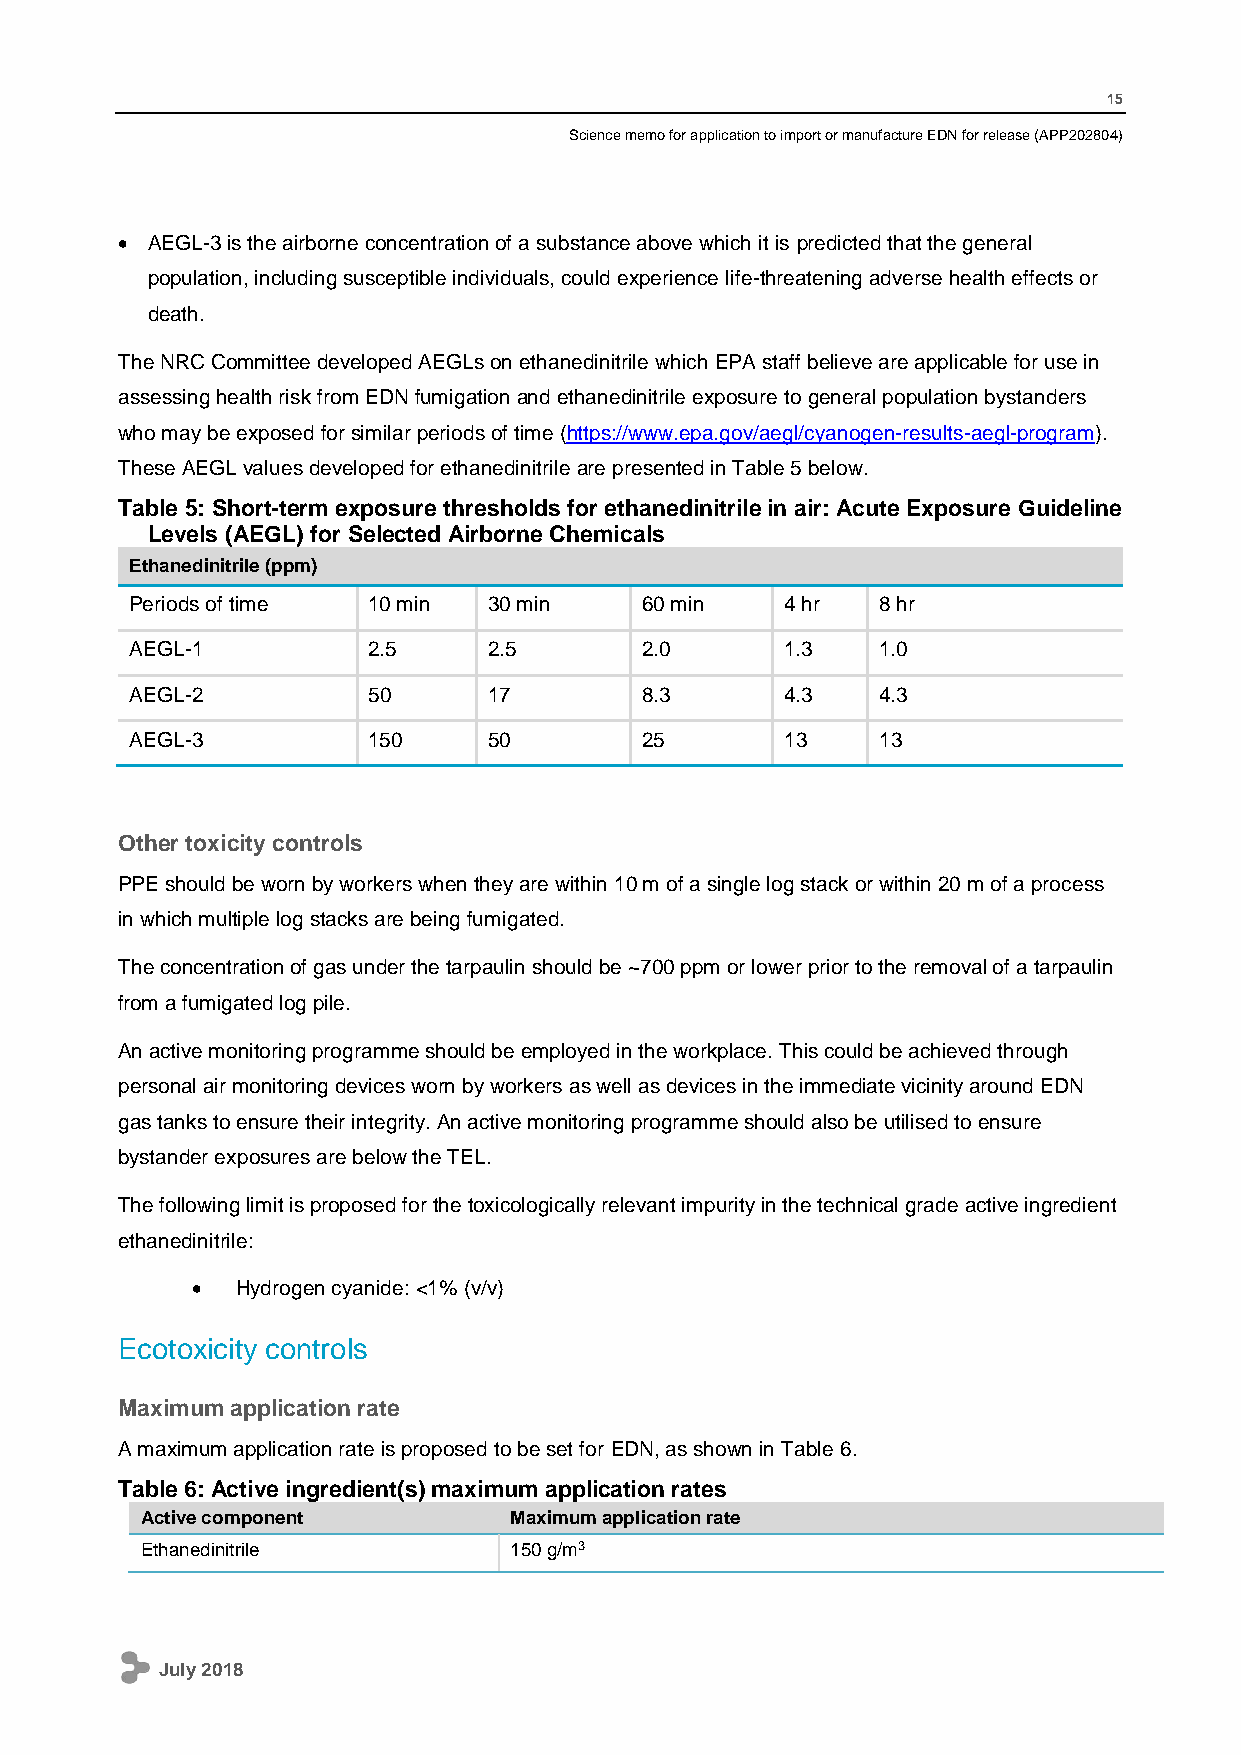
15
 Science memo for application to import or manufacture EDN for release (APP202804)
  AEGL-3 is the airborne concentration of a substance above which it is predicted that the general
 population, including susceptible individuals, could experience life-threatening adverse health effects or
 death.
 The NRC Committee developed AEGLs on ethanedinitrile which EPA staff believe are applicable for use in
 assessing health risk from EDN fumigation and ethanedinitrile exposure to general population bystanders
 who may be exposed for similar periods of time (https://www.epa.gov/aegl/cyanogen-results-aegl-program).
 These AEGL values developed for ethanedinitrile are presented in Table 5 below.
 Table 5: Short-term exposure thresholds for ethanedinitrile in air: Acute Exposure Guideline
 Levels (AEGL) for Selected Airborne Chemicals
 Ethanedinitrile (ppm)
 Periods of time 10 min 30 min    60 min    4 hr  8 hr
 AEGL-1         2.5     2.5       2.0       1.3   1.0
 AEGL-2         50      17        8.3       4.3   4.3
 AEGL-3         150     50        25        13    13
 Other toxicity controls
 PPE should be worn by workers when they are within 10 m of a single log stack or within 20 m of a process
 in which multiple log stacks are being fumigated.
 The concentration of gas under the tarpaulin should be ~700 ppm or lower prior to the removal of a tarpaulin
 from a fumigated log pile.
 An active monitoring programme should be employed in the workplace. This could be achieved through
 personal air monitoring devices worn by workers as well as devices in the immediate vicinity around EDN
 gas tanks to ensure their integrity. An active monitoring programme should also be utilised to ensure
 bystander exposures are below the TEL.
 The following limit is proposed for the toxicologically relevant impurity in the technical grade active ingredient
 ethanedinitrile:
   Hydrogen cyanide: <1% (v/v)
 Ecotoxicity controls
 Maximum application rate
 A maximum application rate is proposed to be set for EDN, as shown in Table 6.
 Table 6: Active ingredient(s) maximum application rates
 Active component         Maximum application rate
 Ethanedinitrile          150 g/m3
 July 2018